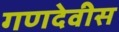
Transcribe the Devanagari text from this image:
गणदेवीस